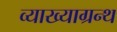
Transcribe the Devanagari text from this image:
व्याख्याग्रन्थ